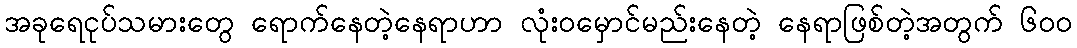
အခုရေငုပ်သမားတွေ ရောက်နေတဲ့နေရာဟာ လုံးဝမှောင်မည်းနေတဲ့ နေရာဖြစ်တဲ့အတွက် ၆၀၀